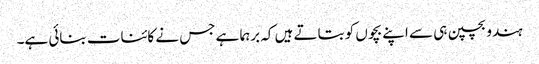
ہندو بچپن ہی سے اپنے بچوں کو بتاتے ہیں کہ برہما ہے جس نے کائنات بنائی ہے۔